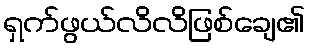
ရှက်ဖွယ်လိလိဖြစ်ချေ၏